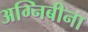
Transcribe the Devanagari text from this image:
अग्निबीना